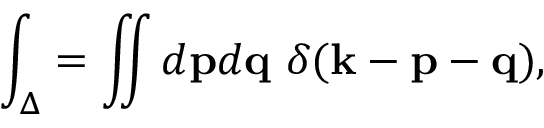
\int _ { \Delta } = \iint d { \bf { p } } d { \bf { q } } \ \delta ( { \bf { k } } - { \bf { p } } - { \bf { q } } ) ,